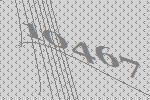
10467